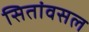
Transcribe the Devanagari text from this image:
सितांवसल